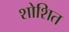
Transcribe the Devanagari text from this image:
शोशित